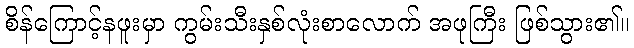
စိန်ကြောင့်နဖူးမှာ ကွမ်းသီးနှစ်လုံးစာလောက် အဖုကြီး ဖြစ်သွား၏။